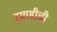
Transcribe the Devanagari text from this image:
रमणीची